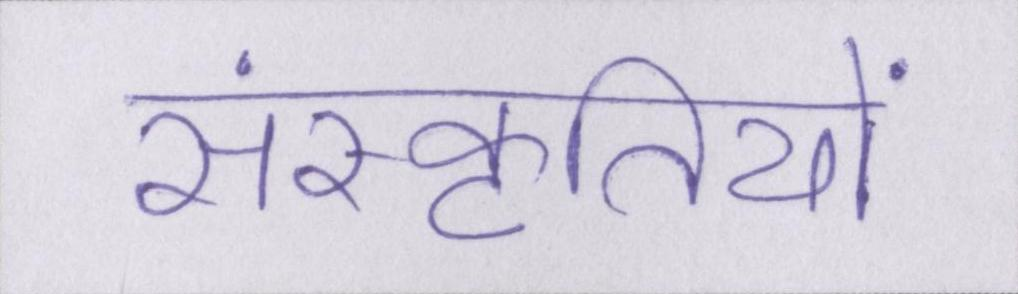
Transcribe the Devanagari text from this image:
संस्कृतियों